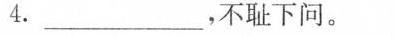
4._____________，不耻下问。